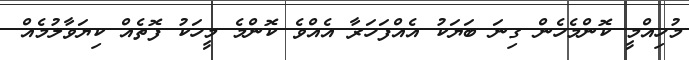
މުހިއްމީ ކޮންމެހެން ގިނަ ބަޔަކު އެއްފަހަރާ އެއްވެ ކޮންމެ މީހަކު ފޮތެއް ކިޔަވާލުމެއް